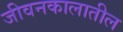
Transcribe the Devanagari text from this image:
जीवनकालातील